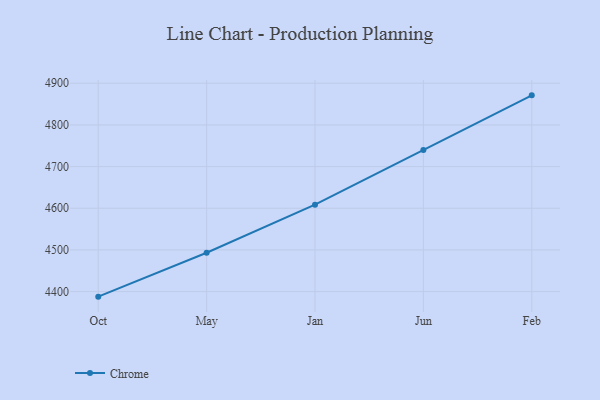
{"axis": {"x": "Month", "y": "Active Users"}, "legend": ["Chrome"], "data": [{"x": "Oct", "y": 4387.8, "type": "Chrome"}, {"x": "May", "y": 4493.1, "type": "Chrome"}, {"x": "Jan", "y": 4608.6, "type": "Chrome"}, {"x": "Jun", "y": 4739.7, "type": "Chrome"}, {"x": "Feb", "y": 4871.0, "type": "Chrome"}]}